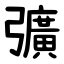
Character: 彍